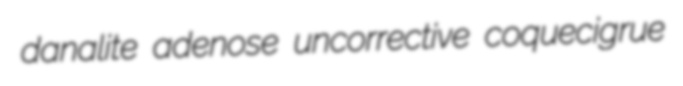
danalite adenose uncorrective coquecigrue